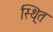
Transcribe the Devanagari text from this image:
स्थि्त